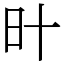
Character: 旪